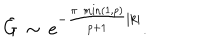
\displaystyle \tilde { G } \, \sim \, e ^ { - \frac { \pi \, \min ( 1 , p ) } { p + 1 } | k | } .